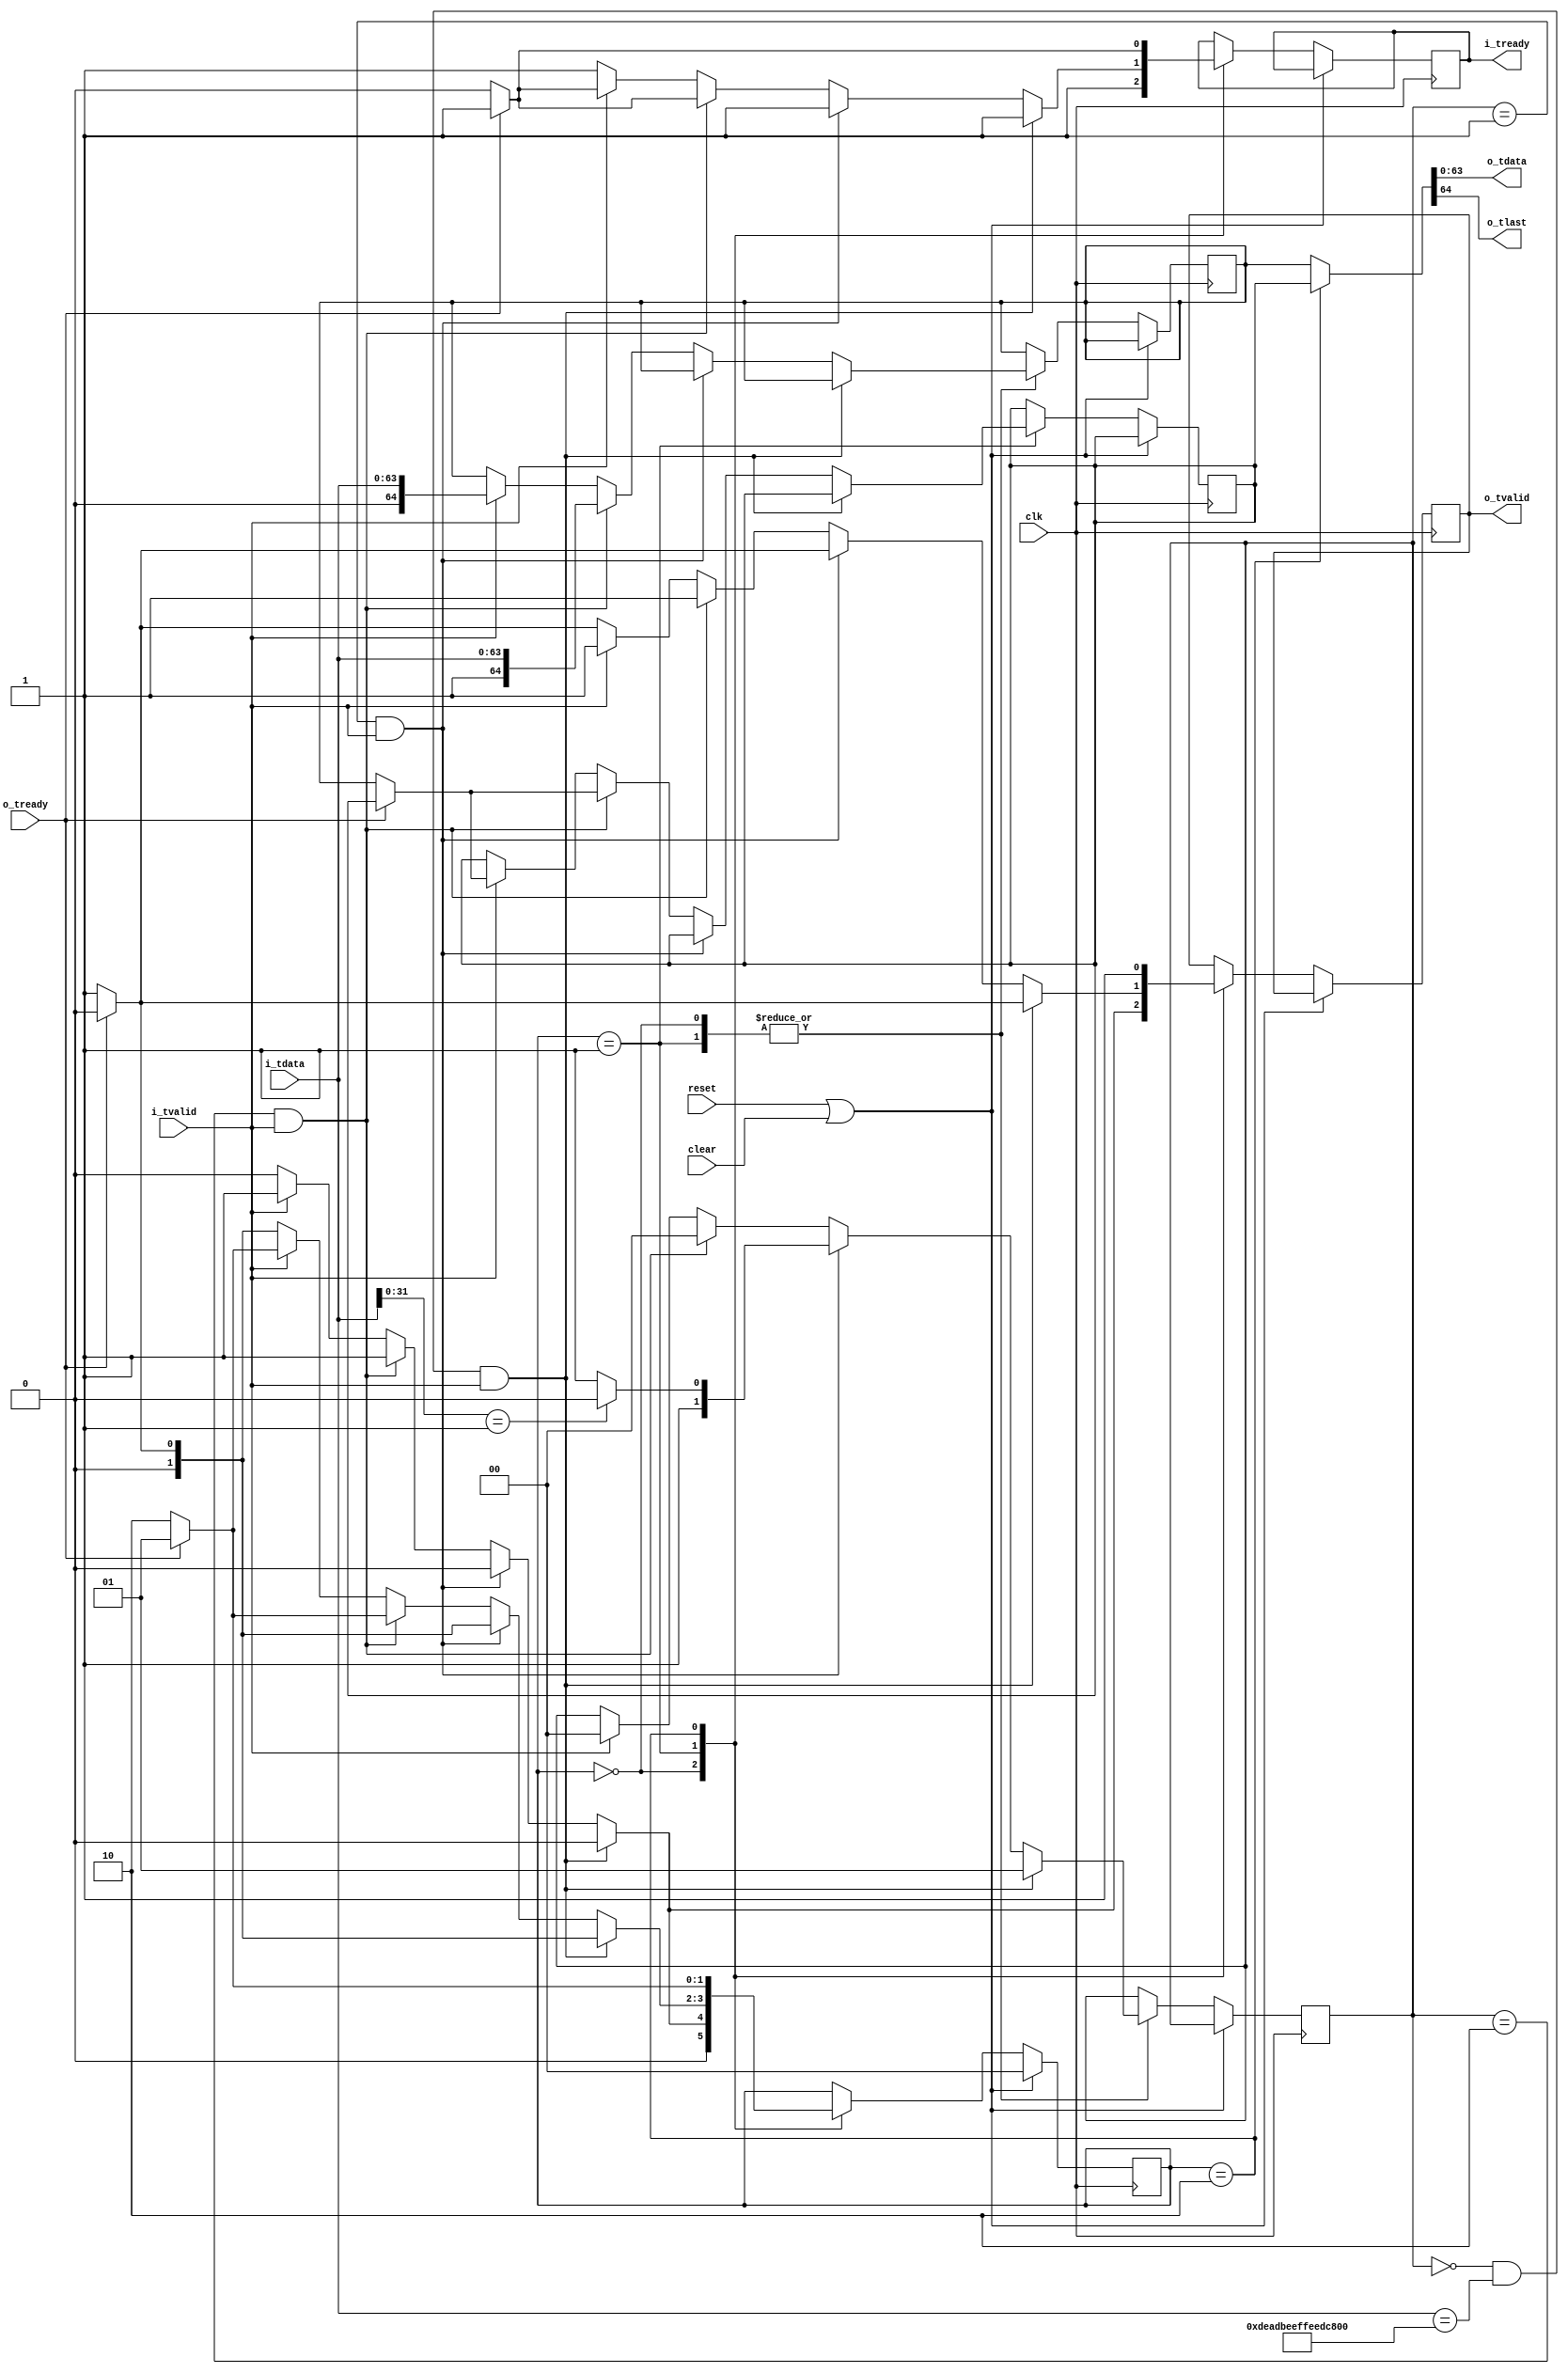
//
// Copyright 2014 Ettus Research LLC
// Copyright 2018 Ettus Research, a National Instruments Company
//
// SPDX-License-Identifier: LGPL-3.0-or-later
//
//
// Ultra fast critical path FIFO.
// Only 2 entrys but no combinatorial feed through paths
//


module axi_fast_extract_tlast
  #(parameter WIDTH=64)
  (
   input clk,
   input reset,
   input clear,
   //
   input [WIDTH-1:0] i_tdata,
   input i_tvalid,
   output reg i_tready,
   //
   output [WIDTH-1:0] o_tdata,
   output o_tlast,
   output reg o_tvalid,
   input  o_tready
   );

   reg [WIDTH:0] data_reg1, data_reg2;

   reg [1:0] 	   fifo_state;
   
   localparam EMPTY = 0;
   localparam HALF = 1;
   localparam FULL = 2;

   reg [1:0]  extract_state;
   
   localparam IDLE = 0;
   localparam EXTRACT1 = 1;
   localparam EXTRACT2 = 2;
   localparam EXTRACT3 = 3;

   
   always @(posedge clk) 
     if (reset | clear) begin
	fifo_state <= EMPTY;
     end else begin
	case (fifo_state)
	  // Nothing in either register.
	  // Upstream can always push data to us.
	  // Downstream has nothing to take from us.
	  EMPTY: begin
	     if ((extract_state == IDLE) && (i_tdata == 64'hDEADBEEFFEEDCAFE) && i_tvalid) begin
		// Embeded escpae code received.
		extract_state <= EXTRACT1;
		i_tready <= 1'b1;
		o_tvalid <= 1'b0;
		fifo_state <= EMPTY;
	     end else if ((extract_state == EXTRACT1) && i_tvalid) begin
		// Now work out if its a genuine embeded tlast or emulation.
		i_tready <= 1'b1;
		o_tvalid <= 1'b0;
		fifo_state <= EMPTY;
		if (i_tdata[31:0] == 'h1) begin
		   extract_state <= EXTRACT2;
		end else begin
		   extract_state <= EXTRACT3;
		end
	     end else if ((extract_state == EXTRACT2) && i_tvalid) begin
		// Extract tlast.
		data_reg1 <= {1'b1,i_tdata};
		i_tready <= 1'b1;
		o_tvalid <= 1'b1;
		fifo_state <= HALF;
		extract_state <= IDLE;
	     end else if (i_tvalid) begin
		// Get here both for normal data and for EXTRACT3 emulation data.
		data_reg1 <= {1'b0,i_tdata};
		fifo_state <= HALF;
		extract_state <= IDLE;
		i_tready <= 1'b1;
		o_tvalid <= 1'b1;
	     end else begin
		// Nothing to do.
		fifo_state <= EMPTY;
		i_tready <= 1'b1;
		o_tvalid <= 1'b0;
	     end
	  end
	  // First Register Full.
	  // Upstream can always push data to us.
	  // Downstream can always read from us.
	  HALF: begin
	     if ((extract_state == IDLE) && (i_tdata == 64'hDEADBEEFFEEDCAFE) && i_tvalid) begin
		// Embeded escpae code received.
		extract_state <= EXTRACT1;
		if (o_tready) begin
		   // If meanwhile we get read then go empty...
		   i_tready <= 1'b1;
		   o_tvalid <= 1'b0;
		   fifo_state <= EMPTY;
		end else begin
		   // ...else stay half full.
		   fifo_state <= HALF;
		   i_tready <= 1'b1;
		   o_tvalid <= 1'b1;
		end
	     end else if ((extract_state == EXTRACT1) && i_tvalid) begin
		// Now work out if its a genuine embeded tlast or emulation.
		if (i_tdata[31:0] == 'h1) begin
		   extract_state <= EXTRACT2;
		end else begin
		   extract_state <= EXTRACT3;
		end
		if (o_tready) begin
		   // If meanwhile we get read then go empty...
		   i_tready <= 1'b1;
		   o_tvalid <= 1'b0;
		   fifo_state <= EMPTY;
		end else begin
		   // ...else stay half full.
		   fifo_state <= HALF;
		   i_tready <= 1'b1;
		   o_tvalid <= 1'b1;
		end		
	     end else if ((extract_state == EXTRACT2) && i_tvalid) begin
		// Extract tlast.
		data_reg1 <= {1'b1,i_tdata};
		extract_state <= IDLE;
		if (o_tready) begin
		   // We get read and writen same cycle...
		   i_tready <= 1'b1;
		   o_tvalid <= 1'b1;
		   fifo_state <= HALF;
		end else begin
		   // ...or we get written and go full.
		   data_reg2 <= data_reg1;
		   i_tready <= 1'b0;
		   o_tvalid <= 1'b1;
		   fifo_state <= FULL;
		end	
	     end else if (i_tvalid) begin
		// Get here both for normal data and for EXTRACT3 emulation data.
		data_reg1 <= {1'b0,i_tdata};
		extract_state <= IDLE;
		if (o_tready) begin
		   // We get read and writen same cycle...
		   fifo_state <= HALF;
		   i_tready <= 1'b1;
		   o_tvalid <= 1'b1;
		end else begin
		   // ...or we get written and go full.
		   data_reg2 <= data_reg1;
		   i_tready <= 1'b0;
		   o_tvalid <= 1'b1;
		   fifo_state <= FULL;
		end	
	     end else if (o_tready) begin // if (i_tvalid)
		// Only getting read this cycle so go empty
		fifo_state <= EMPTY;
		i_tready <= 1'b1;
		o_tvalid <= 1'b0;
	     end else begin
		// Absolutley nothing happens, everything stays the same.
		fifo_state <= HALF;
		i_tready <= 1'b1;
		o_tvalid <= 1'b1;
	     end
	  end // case: HALF
	  // Both Registers Full.
	  // Upstream can not push to us in this fifo_state.
	  // Downstream can always read from us.
	  FULL: begin
	     if (o_tready) begin
		fifo_state <= HALF;
		i_tready <= 1'b1;
		o_tvalid <= 1'b1;
	     end
	     else begin
		fifo_state <= FULL;
		i_tready <= 1'b0;
		o_tvalid <= 1'b1;
	     end
	  end
	endcase // case(fifo_state)
     end // else: !if(reset | clear)
   
   assign {o_tlast,o_tdata} = (fifo_state == FULL) ? data_reg2 : data_reg1;
   

endmodule // axi_fast_extract_tlast